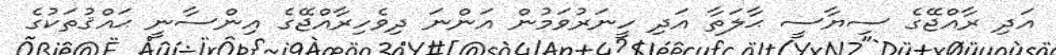
އަދި ރާއްޖޭގެ ސިޔާސީ ޙާލަތާ އަދި ހީނަރުވަމުން އަންނަ ދިވެހިރާއްޖޭގެ އިންސާނީ ޙައްޤުތަކުގެ